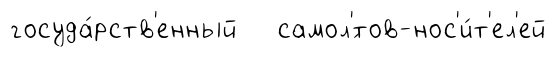
госуда́рств'енный самол'́тов-нос'и́т'ел'ей